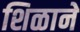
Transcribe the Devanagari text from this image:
शिळाने